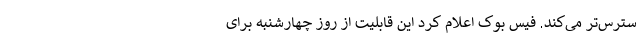
سترس‌تر می‌کند. فیس بوک اعلام کرد این قابلیت از روز چهارشنبه برای